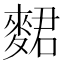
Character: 𪌺